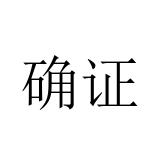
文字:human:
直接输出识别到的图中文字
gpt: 确证